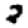
Digit: 2